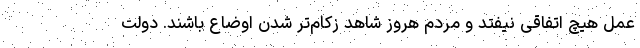
عمل هیچ اتفاقی نیفتد و مردم هروز شاهد زکام‌تر شدن اوضاع باشند. دولت